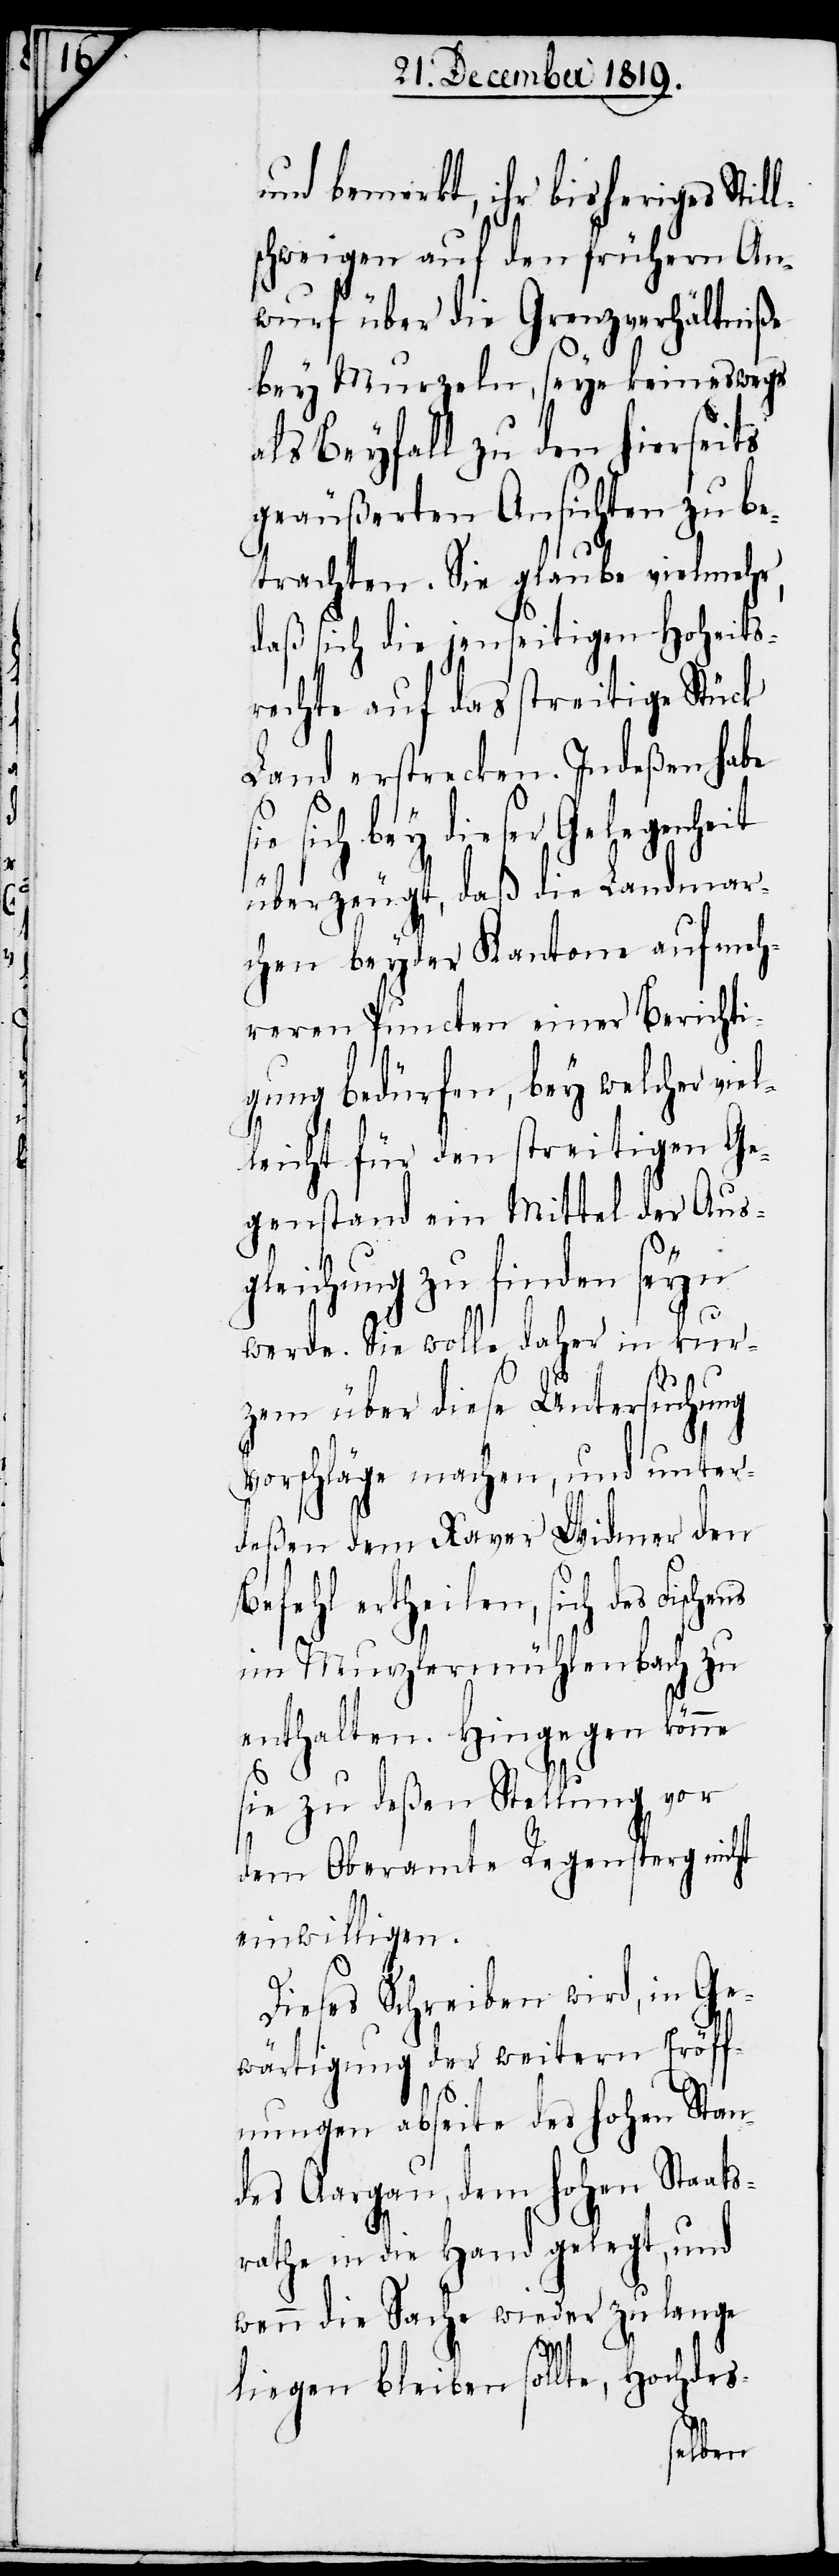
und bemerkt, ihr bisheriges Stil¬
schweigen auf den frühern An¬
wurf über die Grenzverhältniße
bey Murzeln, seye keineswegs
als Beyfall zu den hierseits
geäußerten Ansichten zu be¬
trachten. Sie glaube vielmehr,
daß sich die jenseitigen Hoheits¬
rechte auf das streitige Stück
Land erstrecken. Indeßen habe
sich bey dieser Gelegenheit
l¬
überzeugt, daß die Landmar¬
chen beyder Kantone auf meh¬
reren Puncten einer Berichti¬
gung bedürfen, bey welcher viel¬
leicht für den streitigen Ge¬
genstand ein Mittel der Aus¬
gleichung zu finden seyn
werde. Sie wolle daher in kur¬
zem über diese Untersuchung
Vorschläge machen, und unter¬
deßen dem Xaver Widmer den
Befehl ertheilen, sich des Fischens
im Murzlermühlenbach zu
enthalten. Hingegen könne
sie zu deßen Stellung vor
dem Oberamte Regensperg nicht
einwilligen.
Dieses Schreiben wird, in Ge¬
wärtigung der weitern Eröff¬
nungen abseite des hohen Stan¬
des Aargau, dem hohen Staats¬
rathe in die Hand gelegt, und
wenn die Sache wieder zu lange
liegen bleiben sollte, Hochdes-